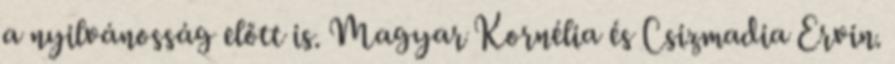
a nyilvánosság előtt is. Magyar Kornélia és Csizmadia Ervin.